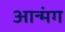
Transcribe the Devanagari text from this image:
आन्मंग